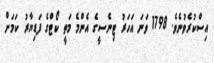
އިސްކުރެވުނެވެ. 1798 ވަނަ އަހަރު ޓިނެސީގެ އެންމެ މަތީ ކޯޓްގެ ފަޑިޔާރު ކަމަށް